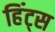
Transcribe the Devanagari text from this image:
हिंट्स